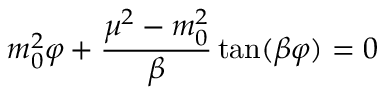
m _ { 0 } ^ { 2 } \varphi + { \frac { \mu ^ { 2 } - m _ { 0 } ^ { 2 } } { \beta } } \tan ( \beta \varphi ) = 0